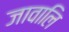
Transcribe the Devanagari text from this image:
जावालि